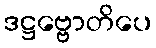
ဒဋ္ဌဗ္ဗောတိပေ